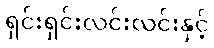
ရှင်းရှင်းလင်းလင်းနှင့်